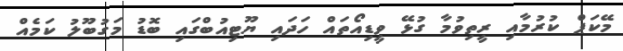
މޭކަޕް ކުރުމާއި ރީތިވުމާ ގުޅޭ ވީޑިއޯތައް ހަދައި ޔޫޓިއުބްގައި ބޮޑު މަގުބޫލު ކަމެއް